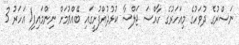
ނަސްރުގެ ދުވަހުގެ މިއަހަރުގެ ހާއްސަ ޖަލްސާ ކުޅުދުއްފުށީގައި ބޭއްވުމަށް ނިންމައިފި1 އަހަރު 3